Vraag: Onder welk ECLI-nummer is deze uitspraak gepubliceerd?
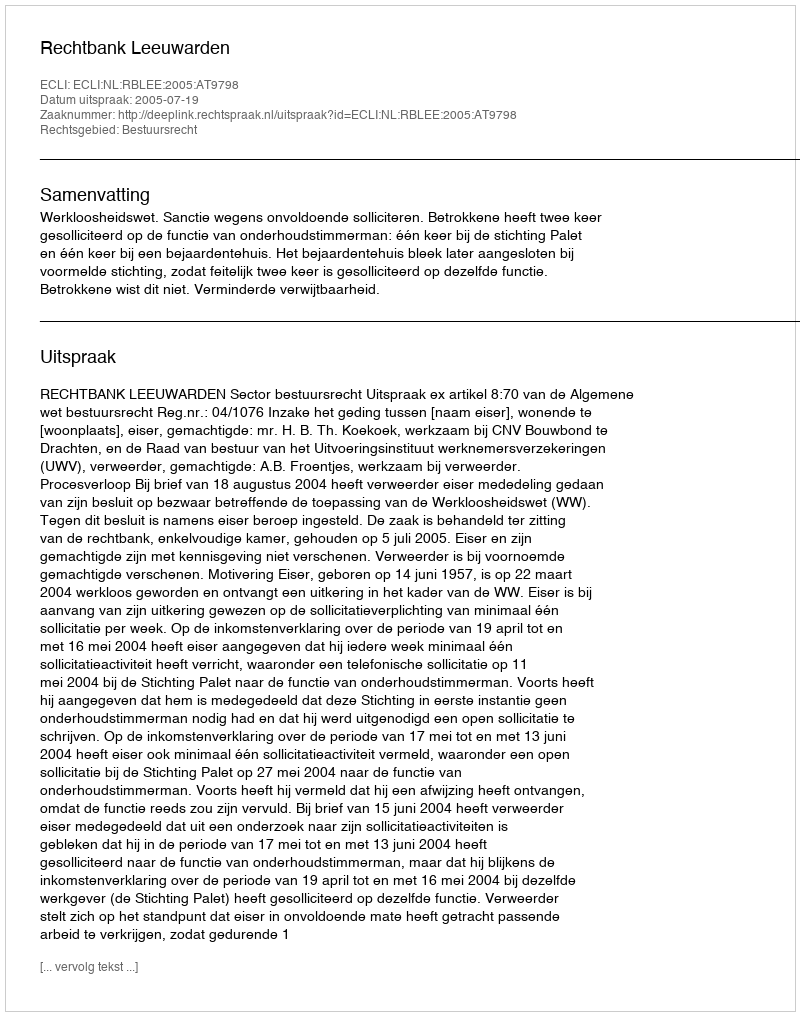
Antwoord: ECLI:NL:RBLEE:2005:AT9798